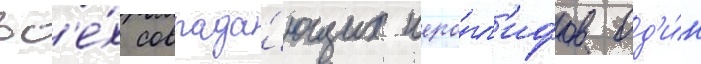
вс'е́х совпада́ющих иеро́гл'ифов од'и́н